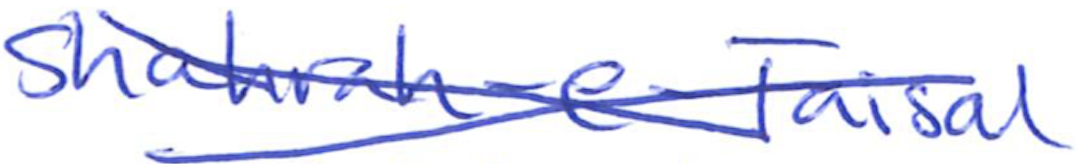
Text: Shahrah-e-Faisal
Cross-out: cross
Writing tool: ballpoint